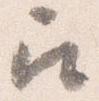
召